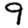
Digit: 9